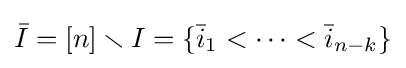
{\bar {I}}=[n]\smallsetminus I=\left\{{\bar {i}}_{1}<\cdots <{\bar {i}}_{n-k}\right\}